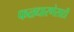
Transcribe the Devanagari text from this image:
फळधारणेसाठी